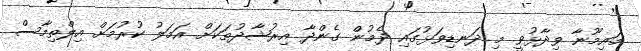
މައިމޫނާ ވިދާޅުވީ މި ދަނޑިވަޅުގައި ދެމުން ގެންދާ އިރުޝާދުތަކަށް އަމަލު ކުރުމަށް އިލްތިމާސް